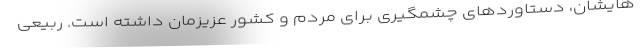
هایشان، دستاوردهای چشمگیری برای مردم و کشور عزیزمان داشته است. ربیعی